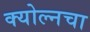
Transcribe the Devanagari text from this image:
क्योल्नचा